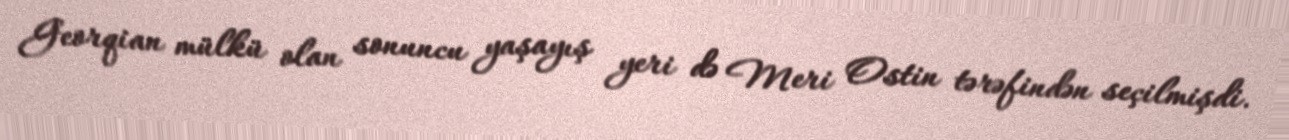
Georqian mülkü olan sonuncu yaşayış yeri də Meri Ostin tərəfindən seçilmişdi.